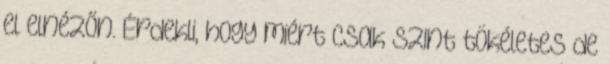
el elnézőn. Érdekli, hogy miért csak szint tökéletes de